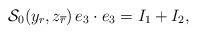
LaTeX: \begin{align*}{\cal S}_0(y_r,z_{\overline{r}})\,e_3\cdot e_3=I_1+I_2,\end{align*}